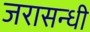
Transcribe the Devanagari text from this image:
जरासन्धी